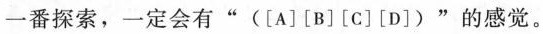
一番探索，一定会有”([A][B][C][D])”的感觉。